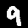
Label: 9